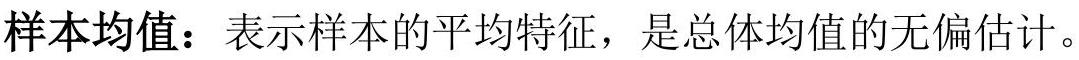
样本均值：表示样本的平均特征，是总体均值的无偏估计。